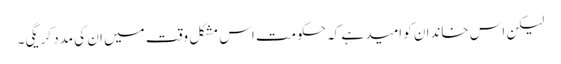
لیکن اس خاندان کو امید ہے کہ حکومت اس مشکل وقت میں ان کی مدد کریگی۔